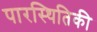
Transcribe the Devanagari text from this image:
पारस्थितिकी